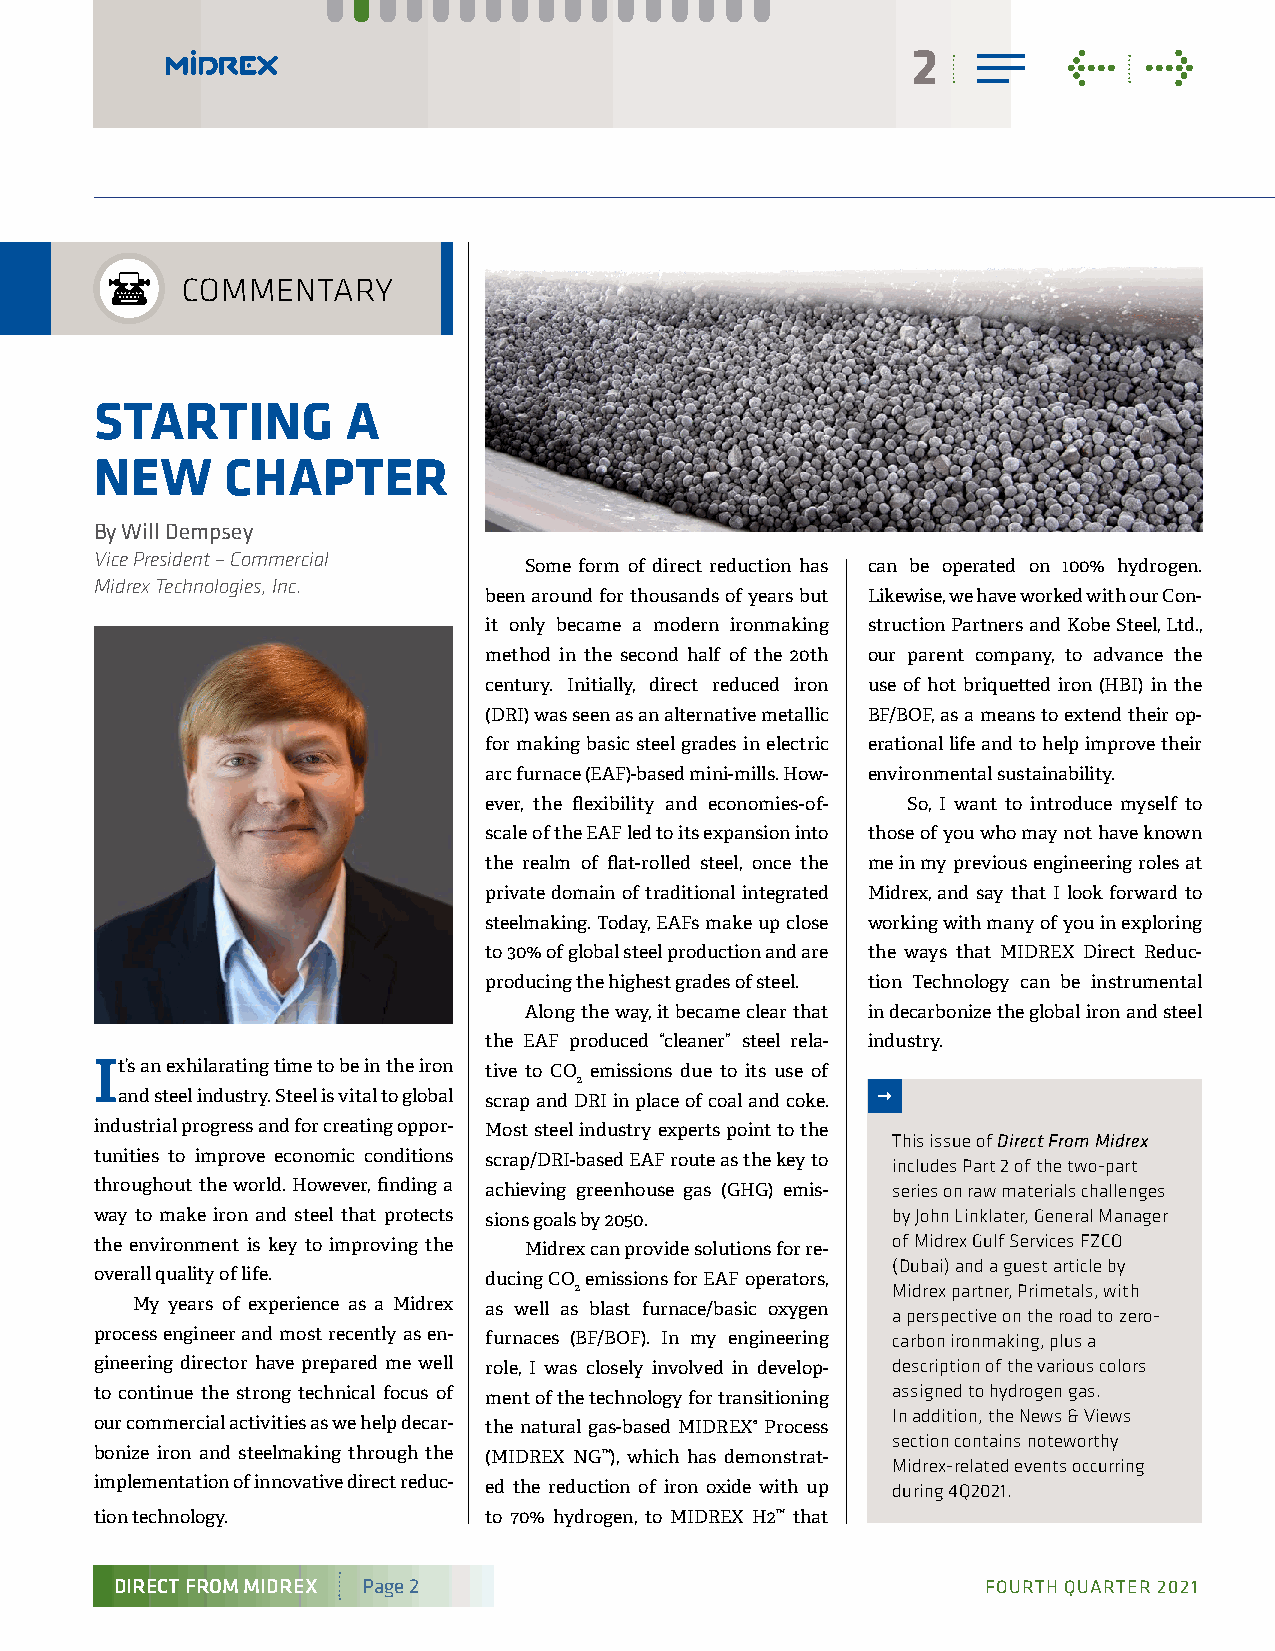
2          <    >
 COMMENTARY
 STARTING         A
 NEW      CHAPTER
 By Will Dempsey
 Vice President – Commercial
 Some form of direct reduction has can be operated on 100% hydrogen.
 Midrex Technologies, Inc.
 been around for thousands of years but Likewise, we have worked with our Con-
 it only became a modern ironmaking struction Partners and Kobe Steel, Ltd.,
 method in the second half of the 20th our parent company, to advance the
 century. Initially, direct reduced iron use of hot briquetted iron (HBI) in the
 (DRI) was seen as an alternative metallic BF/BOF, as a means to extend their op-
 for making basic steel grades in electric erational life and to help improve their
 arc furnace (EAF)-based mini-mills. How- environmental sustainability.
 ever, the flexibility and economies-of- So, I want to introduce myself to
 scale of the EAF led to its expansion into those of you who may not have known
 the realm of flat-rolled steel, once the me in my previous engineering roles at
 private domain of traditional integrated Midrex, and say that I look forward to
 steelmaking. Today, EAFs make up close working with many of you in exploring
 to 30% of global steel production and are the ways that MIDREX Direct Reduc-
 producing the highest grades of steel. tion Technology can be instrumental
 Along the way, it became clear that in decarbonize the global iron and steel
 the EAF produced “cleaner” steel rela- industry.
 It’s an exhilarating time to be in the iron tive to CO emissions due to its use of
 2
 and steel industry. Steel is vital to global scrap and DRI in place of coal and coke.
 industrial progress and for creating oppor- Most steel industry experts point to the
 This issue of Direct From Midrex
 tunities to improve economic conditions scrap/DRI-based EAF route as the key to includes Part 2 of the two-part
 throughout the world. However, finding a achieving greenhouse gas (GHG) emis- series on raw materials challenges
 way to make iron and steel that protects sions goals by 2050. by John Linklater, General Manager
 the environment is key to improving the Midrex can provide solutions for re- of Midrex Gulf Services FZCO
 (Dubai) and a guest article by
 overall quality of life.  ducing CO emissions for EAF operators,
 2                    Midrex partner, Primetals, with
 My years of experience as a Midrex as well as blast furnace/basic oxygen
 a perspective on the road to zero-
 process engineer and most recently as en- furnaces (BF/BOF). In my engineering carbon ironmaking, plus a
 gineering director have prepared me well role, I was closely involved in develop- description of the various colors
 to continue the strong technical focus of ment of the technology for transitioning assigned to hydrogen gas.
 In addition, the News & Views
 our commercial activities as we help decar- the natural gas-based MIDREX® Process
 section contains noteworthy
 bonize iron and steelmaking through the (MIDREX NG™), which has demonstrat-
 Midrex-related events occurring
 implementation of innovative direct reduc- ed the reduction of iron oxide with up during 4Q2021.
 tion technology.          to 70% hydrogen, to MIDREX H2™ that
 DIRECT FROM MIDREX Page 2                                FOURTH QUARTER 2021